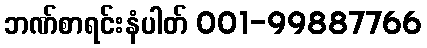
ဘဏ်စာရင်းနံပါတ် 001-99887766